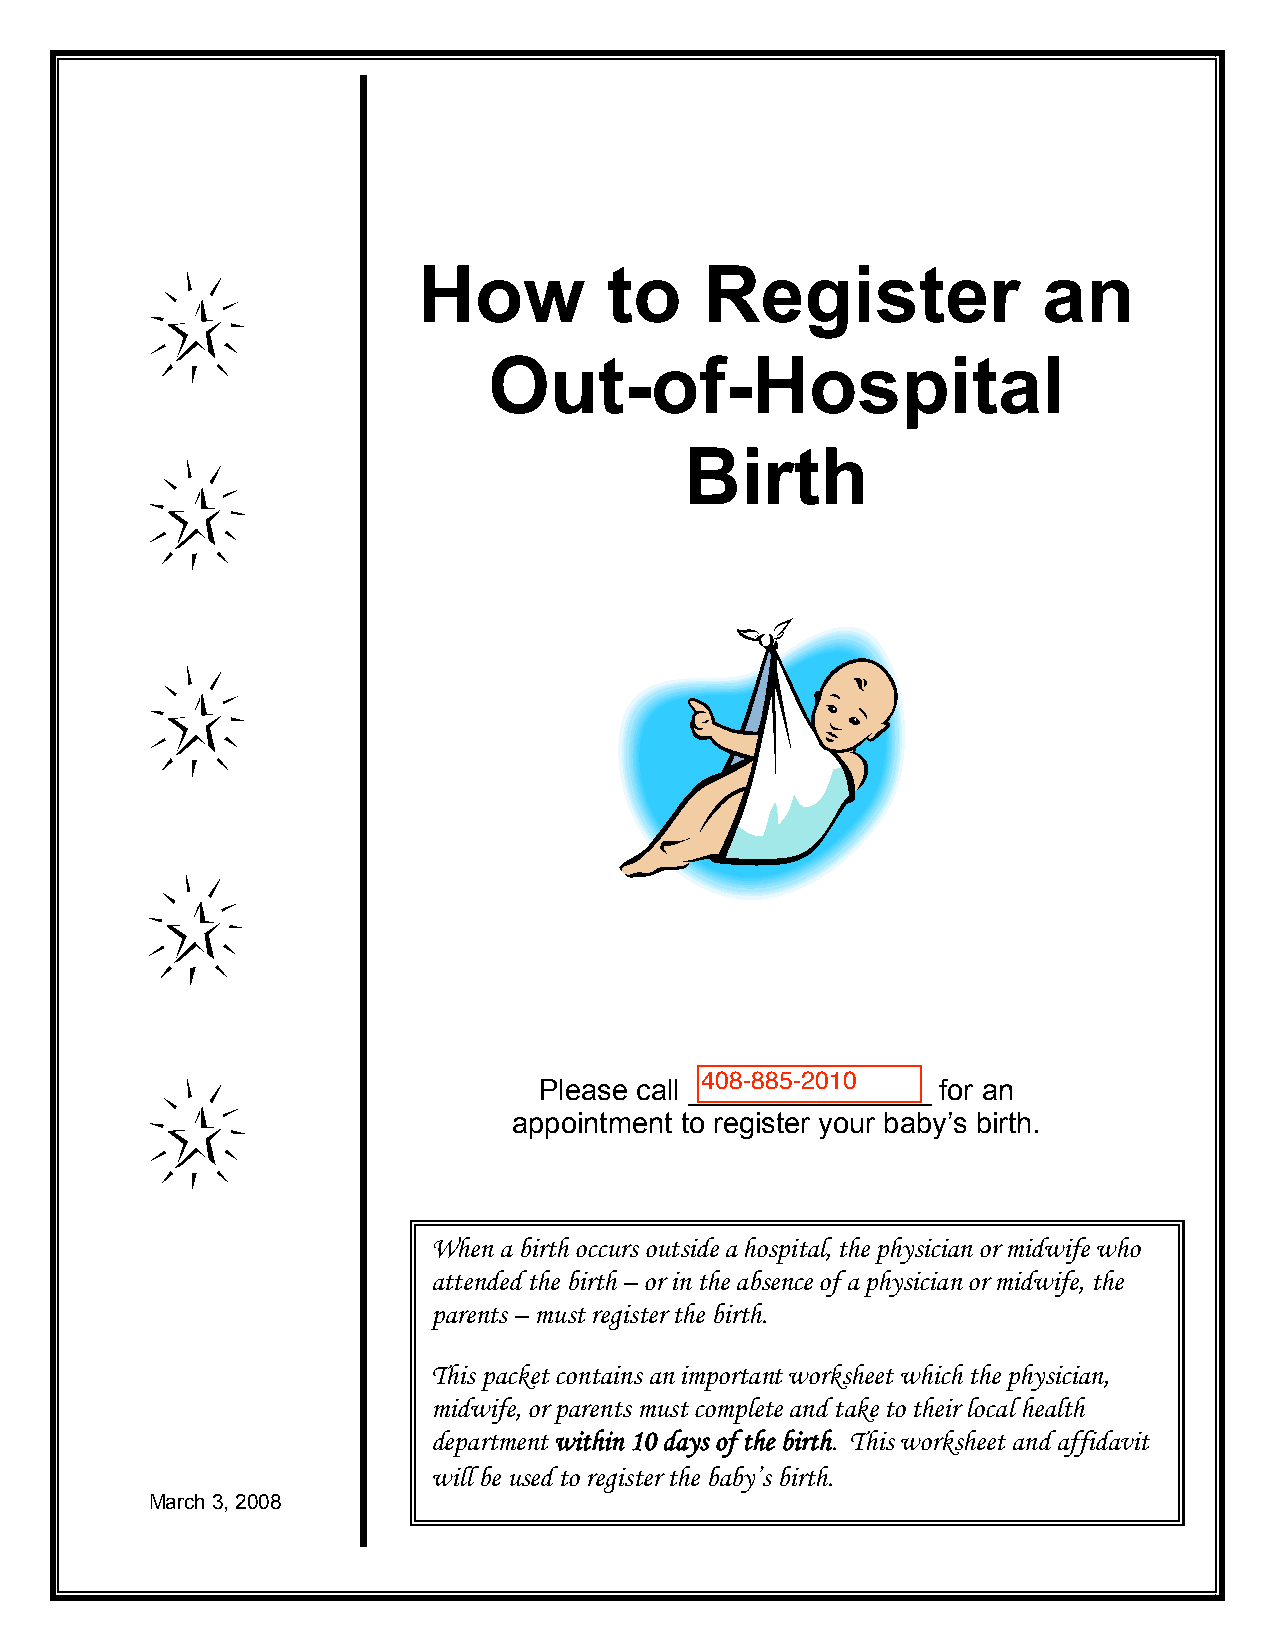
How         to     Register              an
 Out-of-Hospital
 Birth
 Please call _______________ for an
 appointment to register your baby’s birth.
 When a birth occurs outside a hospital, the physician or midwife who
 attended the birth – or in the absence of a physician or midwife, the
 parents – must register the birth.
 This packet contains an important worksheet which the physician,
 midwife, or parents must complete and take to their local health
 department within 10 days of the birth. This worksheet and affidavit
 will be used to register the baby’s birth.
 March 3, 2008